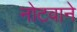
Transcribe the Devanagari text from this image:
नोटवाने